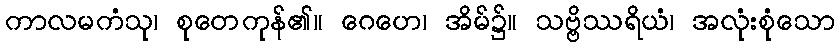
ကာလမကံသု၊ စုတေကုန်၏။ ဂေဟေ၊ အိမ်၌။ သဗ္ဗိဿရိယံ၊ အလုံးစုံသော